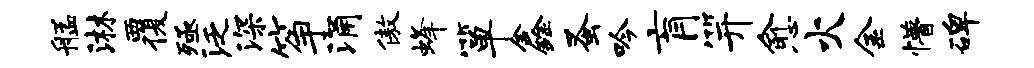
艋淋覆殛泛深筝涌傲蜂箪鑫蚤吟肓笄愈火金懵碑